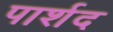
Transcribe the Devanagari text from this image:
पार्शद